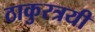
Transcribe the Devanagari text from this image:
ठाकुरत्रयी